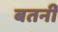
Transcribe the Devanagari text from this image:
बतनी